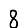
Digit: 8